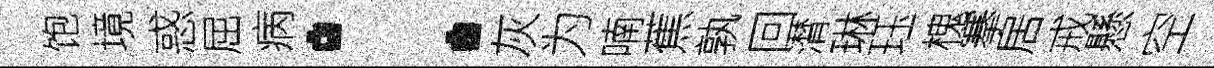
饱境惑屈病：灰为喃蕉孰回潸琳珏槐搴居戒懸空